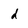
Character: d